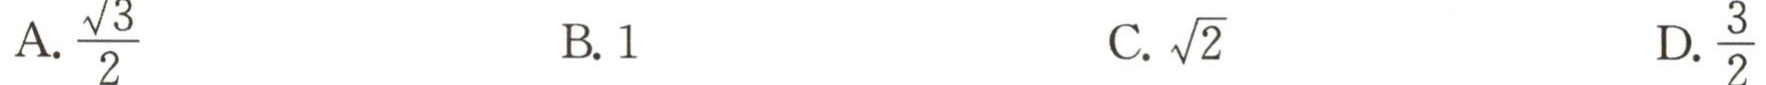
A. \(\frac{\sqrt{3}}{2}\)  B. \(1\)  C. \(\sqrt{2}\)  D. \(\frac{3}{2}\)